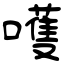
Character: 嚄